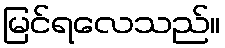
မြင်ရလေသည်။